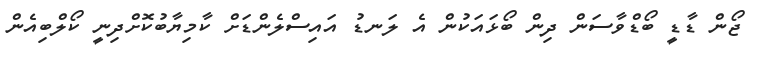
ޖޯން ޑާޑީ ބޯޑްވާސަން ދިން ބޯޅައަކުން އެ ލަނޑު އައިސްލެންޑަށް ކާމިޔާބުކޮށްދިނީ ކޯލްބިއެން